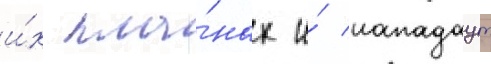
и́х пла́нах и́ нападаут